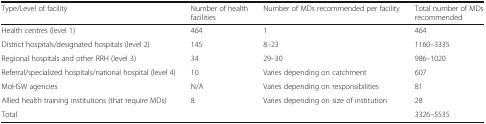
<table><thead><tr><td><b>Type/Level of facility</b></td><td><b>Number of health facilities</b></td><td><b>Number of MDs recommended per facility</b></td><td><b>Total number of MDs recommended</b></td></tr></thead><tbody><tr><td>Health centres (level 1)</td><td>464</td><td>1</td><td>464</td></tr><tr><td>District hospitals/designated hospitals (level 2)</td><td>145</td><td>8–23</td><td>1160–3335</td></tr><tr><td>Regional hospitals and other RRH (level 3)</td><td>34</td><td>29–30</td><td>986–1020</td></tr><tr><td>Referral/specialized hospitals/national hospital (level 4)</td><td>10</td><td>Varies depending on catchment</td><td>607</td></tr><tr><td>MoHSW agencies</td><td>N/A</td><td>Varies depending on responsibilities</td><td>81</td></tr><tr><td>Allied health training institutions (that require MDs)</td><td>8</td><td>Varies depending on size of institution</td><td>28</td></tr><tr><td>Total</td><td></td><td></td><td>3326–5535</td></tr></tbody></table>